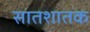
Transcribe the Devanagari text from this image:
सातशातक